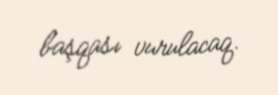
başqası vurulacaq.